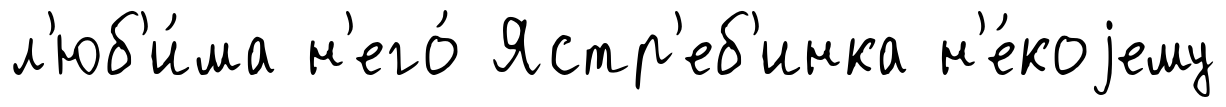
л'юб'и́ма н'его́ Ястр'еб'инка н'е́коjему